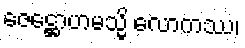
ဇေဋ္ဌောဟမသ္မိ လောကဿ၊